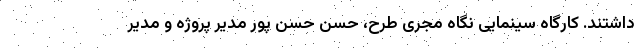
داشتند. کارگاه سینمایی نگاه مجری طرح، حسن حسن پور مدیر پروژه و مدیر